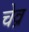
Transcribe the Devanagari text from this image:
चेव्र